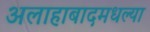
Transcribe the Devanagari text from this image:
अलाहाबादमधल्या